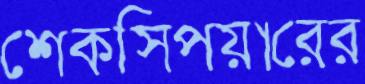
শেকসিপয়ারের